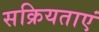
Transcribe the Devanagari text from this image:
सक्रियताएं